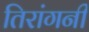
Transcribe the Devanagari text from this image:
तिरांगनी